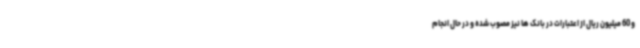
و 60 میلیون ریال از اعتبارات در بانک ها نیز مصوب شده و در حال انجام